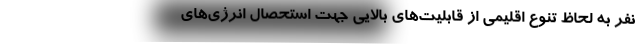
نفر به لحاظ تنوع اقلیمی از قابلیت‌های بالایی جهت استحصال انرژی‌های